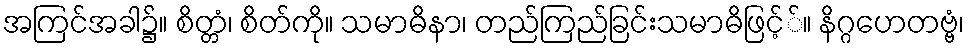
အကြင်အခါ၌။ စိတ္တံ၊ စိတ်ကို။ သမာဓိနာ၊ တည်ကြည်ခြင်းသမာဓိဖြင့််။ နိဂ္ဂဟေတဗ္ဗံ၊